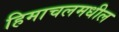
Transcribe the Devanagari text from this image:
हिमाचलमधील